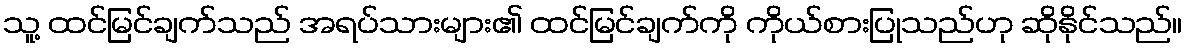
သူ့ ထင်မြင်ချက်သည် အရပ်သားများ၏ ထင်မြင်ချက်ကို ကိုယ်စားပြုသည်ဟု ဆိုနိုင်သည်။